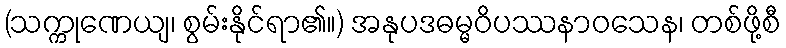
(သက္ကုဏေယျ၊ စွမ်းနိုင်ရာ၏။) အနုပဒဓမ္မဝိပဿနာဝသေန၊ တစ်ဖို့စီ